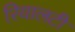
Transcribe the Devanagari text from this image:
रियालटी